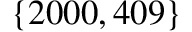
\{ 2 0 0 0 , 4 0 9 \}